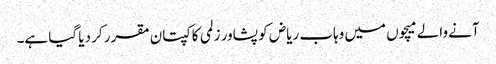
آنے والے میچوں میں وہاب ریاض کو پشاور زلمی کا کپتان مقرر کر دیا گیا ہے۔